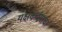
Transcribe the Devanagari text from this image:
यक्षकर्दमाचा